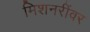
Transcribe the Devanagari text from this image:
मिशनरींवर